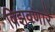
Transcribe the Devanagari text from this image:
विझवणारे